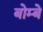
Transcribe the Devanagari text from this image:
बोम्‍बे